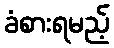
ခံစားရမည့်